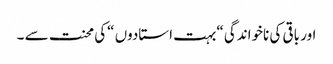
اور باقی کی ناخواندگی “بہت استادوں “کی محنت سے ۔